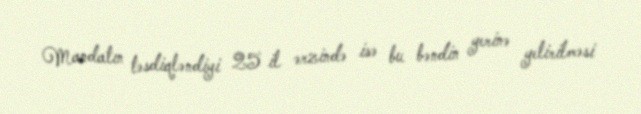
Mandatın təsdiqləndiyi 25 il ərzində isə bu bəndin yerinə yetirilməsi